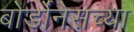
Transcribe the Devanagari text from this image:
बोर्डोनेसच्या